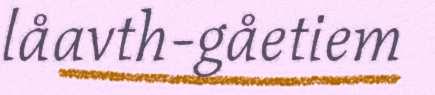
låavth-gåetiem